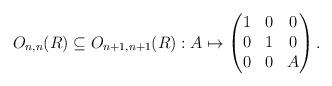
LaTeX: \begin{align*}O_{n,n}(R) \subseteq O_{n+1, n+1}(R) : A \mapsto \begin{pmatrix}1 & 0 & 0 \\0 & 1 & 0 \\0 & 0 & A\end{pmatrix}.\end{align*}